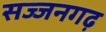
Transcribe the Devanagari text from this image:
सज्‍जनगढ़